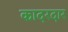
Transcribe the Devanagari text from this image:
कादरदार